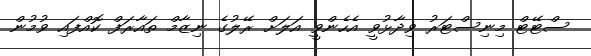
ސްޓޭޓް މިނިސްޓަރު ވިދާޅުވީ އެހެންވީ އަލަށް ރޭލުގެ ނިޒާމް ތައާރަފް ކޮއްފައި ވުމުން